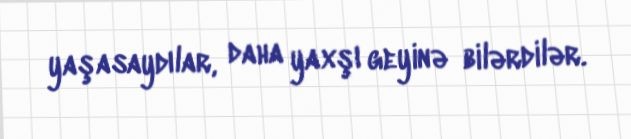
yaşasaydılar, daha yaxşı geyinə bilərdilər.